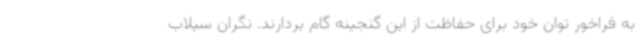
به فراخور توان خود برای حفاظت از این گنجینه گام بردارند. نگران سیلاب